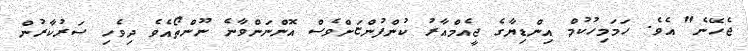
ޖެހޭނެ" އެވެ. ހަމަމިހުކުމް އިންޑިޔާގެ ޖީއެމްއާރު ކުންފުންޏަށްވެސް އޮންނަންވާނެ ނޫންތޯއެވެ ދިވެހި ސަރުކާރުން